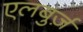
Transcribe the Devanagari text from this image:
एलबुर्ज़